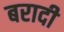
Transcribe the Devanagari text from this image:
बरादी